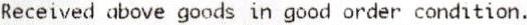
RECEIVED ABOVE GOODS IN GOOD ORDER CONDITION.